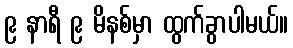
၉ နာရီ ၉ မိနစ်မှာ ထွက်ခွာပါမယ်။